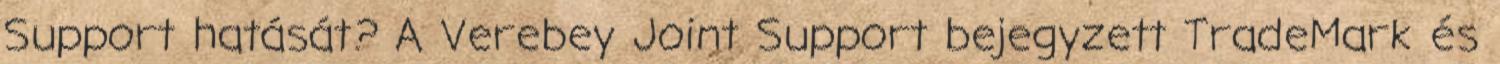
Support hatását? A Verebey Joint Support bejegyzett TradeMark és